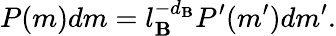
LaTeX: P(m)dm=l_{\mathbf{B}}^{-d_{\mathbf{B}}}P^{\prime}(m^{\prime})dm^{\prime}.